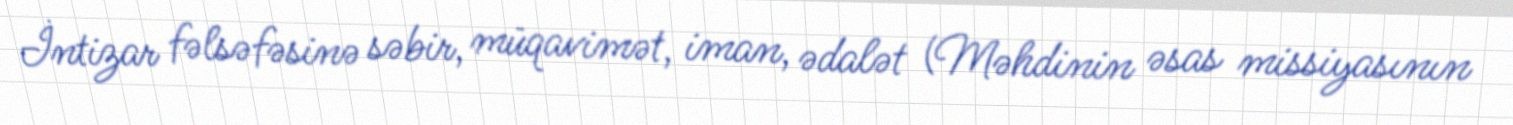
İntizar fəlsəfəsinə səbir, müqavimət, iman, ədalət (Məhdinin əsas missiyasının